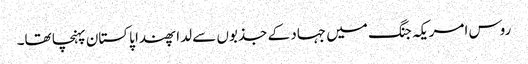
روس امریکہ جنگ میں جہاد کے جذبوں سے لدا پھندا پاکستان پہنچا تھا۔